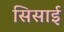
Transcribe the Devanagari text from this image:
सिसाई